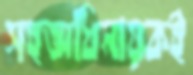
সহঅধিনায়কই